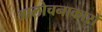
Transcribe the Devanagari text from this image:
आलोचनाकारों